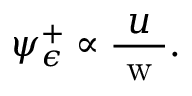
\psi _ { \epsilon } ^ { + } \propto \frac { u } { \mathrm { ~ w ~ } } .